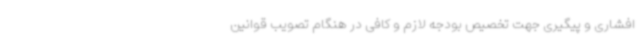
افشاری و پیگیری جهت تخصیص بودجه لازم و کافی در هنگام تصویب قوانین